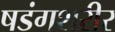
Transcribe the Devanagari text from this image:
षडंगशरीर